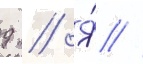
д // Я́ //